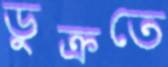
ডুক্‌রতে